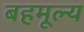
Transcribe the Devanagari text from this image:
बहमूल्य